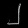
Digit: ၂